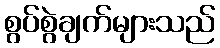
စွပ်စွဲချက်များသည်